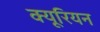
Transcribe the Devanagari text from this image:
क्यूरियन